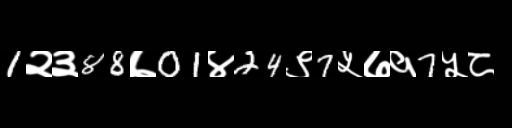
Text: 1२३88७01४24९7५७१7५८